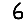
Digit: 6